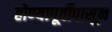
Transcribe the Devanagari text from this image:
होण्यापूर्वीपासून